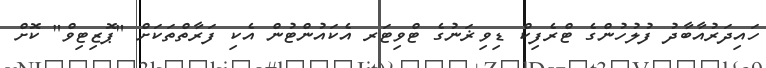
ހައިދަރުއާބާދު ފުލުހުންގެ ޓްރެފިކް ޑިވިޜަނުގެ ޓްވިޓަރ އެކައުންޓުން އެކި ފަރާތްތަކަށް "ޕޮޒިޓިވް" ކޮށް